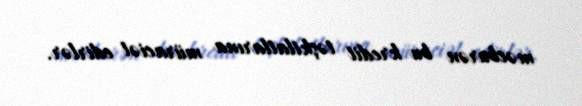
məcburən bu kredit təşkilatlarına müraciət edirlər.